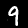
Label: 9